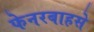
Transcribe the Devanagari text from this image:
फेनरबाहसे